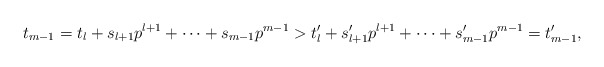
\begin{align*}t_{m-1}=t_l+s_{l+1}p^{l+1}+\cdots+s_{m-1}p^{m-1}>t_l'+s_{l+1}'p^{l+1}+\cdots+s_{m-1}'p^{m-1}=t_{m-1}',\end{align*}